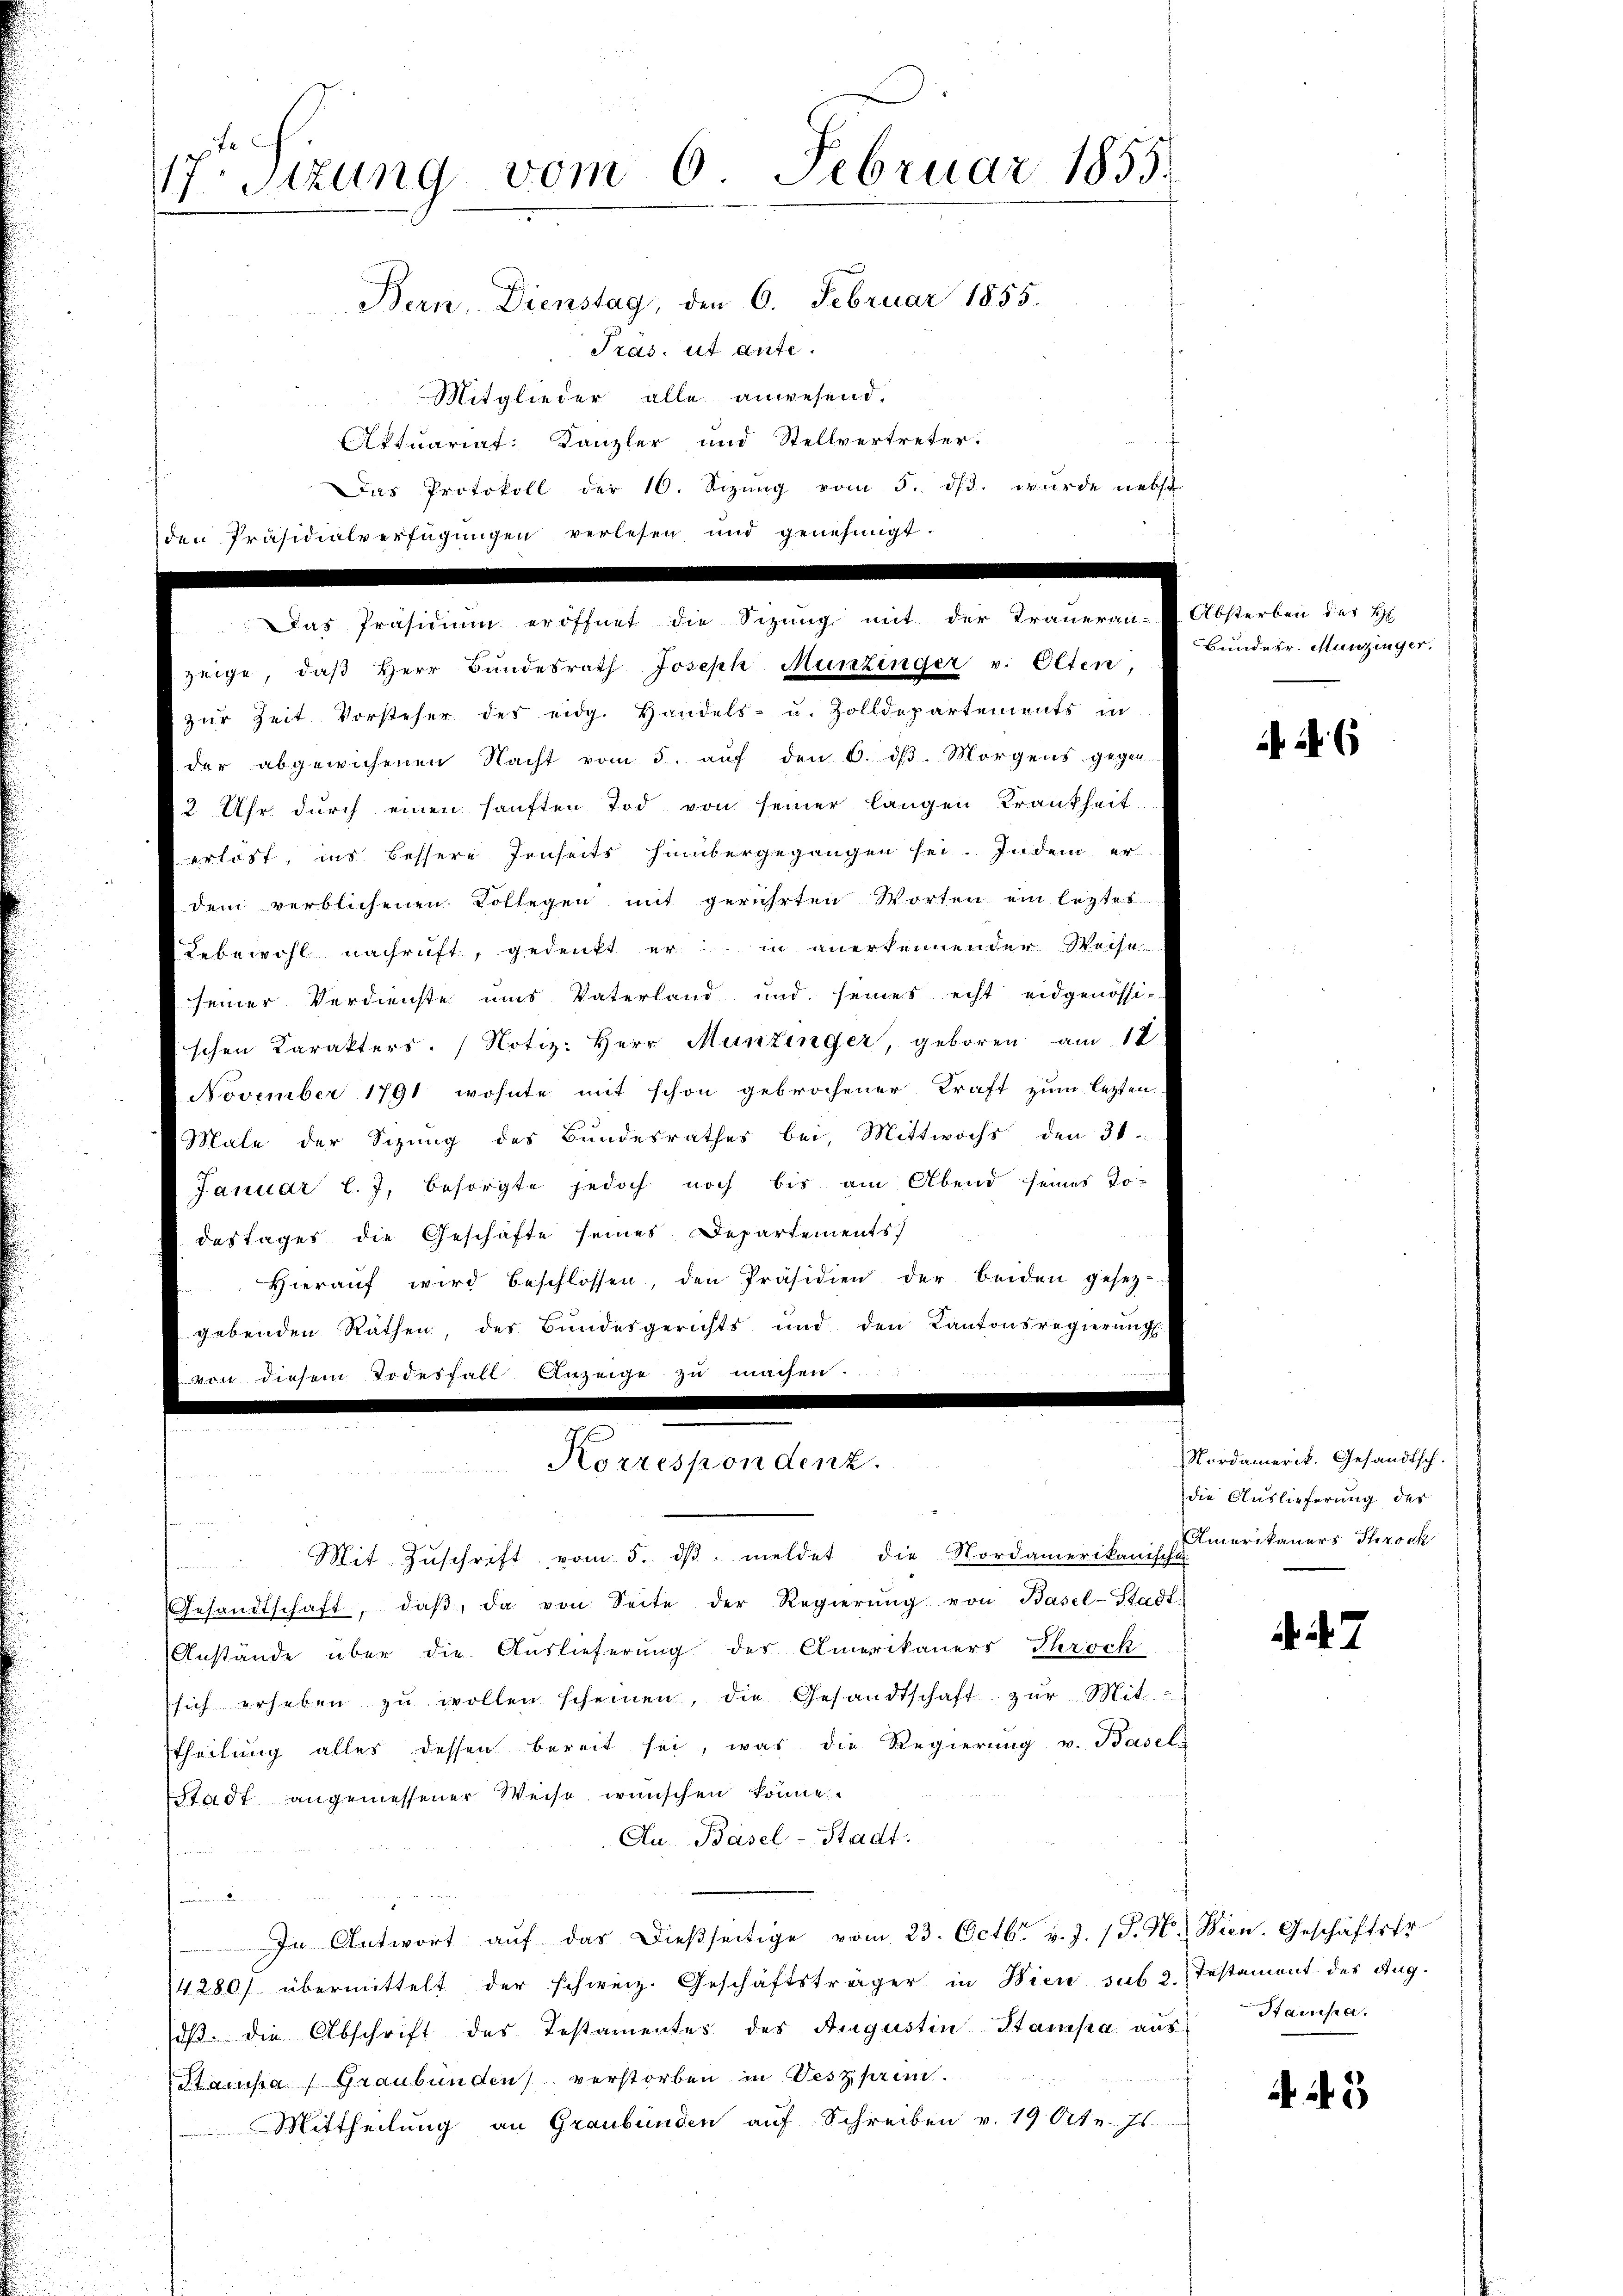
17. Sizung vom 6. Februar 1855.
Bern, Dienstag, den 6. Februar 1855.
Pras. ut aufe.
Mitglieder alle anwesend.
Aktuariat. Kanzler und Stellvertreter.
Das Protokoll der 10. Sizŭng vom 5. dβ. wurde nebst
den Präsidialverfügŭngen verlesen und genehmigt.

Das Präsidium eröffnet die Sitzung mit der Traueran-
zeige, daß Herr Bundesrath Joseph Munzinger v. Olten,

zur Zeit Vorsteher des eidg. Handels- u. Zolldepartements in
der abgewichenen Nacht vom 3. auf den 6. dβ. Morgens gegen
2. Uhr durch einen sanften Tod von seiner langen Krankheit
erlöst, ins bessere Jenseits Hambergegangen sei. Indem er
dem verblichenen Collegen mit gerührten Worten ein leztes
Lebewohl nachrift, gedenkt er in anerkennender Weise
seiner Verdienste uns Vaterland und seines echt eidgenössi-
schen Karakters. Notiz Herr Munzinger, geboren am 18.
November 1791 wohnte mit schon gebrochener Kraft zum lezten.
Male der Sizung des Bundesrathes bei, Mittwochs den 31.
Januar l. J. besorgte jedoch noch bis am Abend seines To-
dastages die Geschäfte seines Departements
Hieraŭf wird beschlossen, den Präsidien der beiden gesetz-
gebenden Räthen, des Bundesgerichts und den Kantonsregierŭngs
diesem Todesfall Anzeige zu machen.

.
Korrespondenz.

Mit Zŭschrift vom 5. dβ. meldet die Nordamerikanisch-Amerikaners Throck
Gesandtschaft, daβ, da von Seite der Regierŭng von Basel-Stadt-
Anstände über die Auslieferung des Amerikaners Throck
sich erheben zŭ wollen scheinen, die Gesandtschaft zŭr Mit
theilung alles dessen bereit sei, was die Regierung v. Basels
Stadt angemessener Weise wünschen könne.
Au. Basel-Stadt.
In Antwort aŭf das dießseitige vom 23. Octbr. v. J. J. H. Wien. Geschäftsfr
4280) übermittelt der schweiz. Geschäftsträger in Wien sub 2. Testament des Aug.
dß. die Abschrift des Testamentes des Augustin Stampa aus Stampa
Stampa (Graubünden) verstorben in Veszprin
Mittheilung an Graubünden auf Schreiben v. 19 Oct. Es

Absterben des H
Bundesr. Munzinger.

6

Nordamerik. Gesandtsch.
die Auslieferung des

7

3